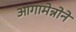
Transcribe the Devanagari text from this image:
आगामेन्नोने